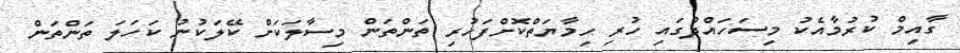
ގާއިމް ކުރުމާއެކު މިސަހައްދުގައި ހުރި ހިމާޔަތްކޮށްފަހުރި ތަންތަން މިސާލަކަށް ކޭލަކުނު ކަހަލަ ތަންތަން